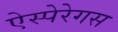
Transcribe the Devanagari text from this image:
ऐस्पेरेगस